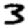
Digit: 3